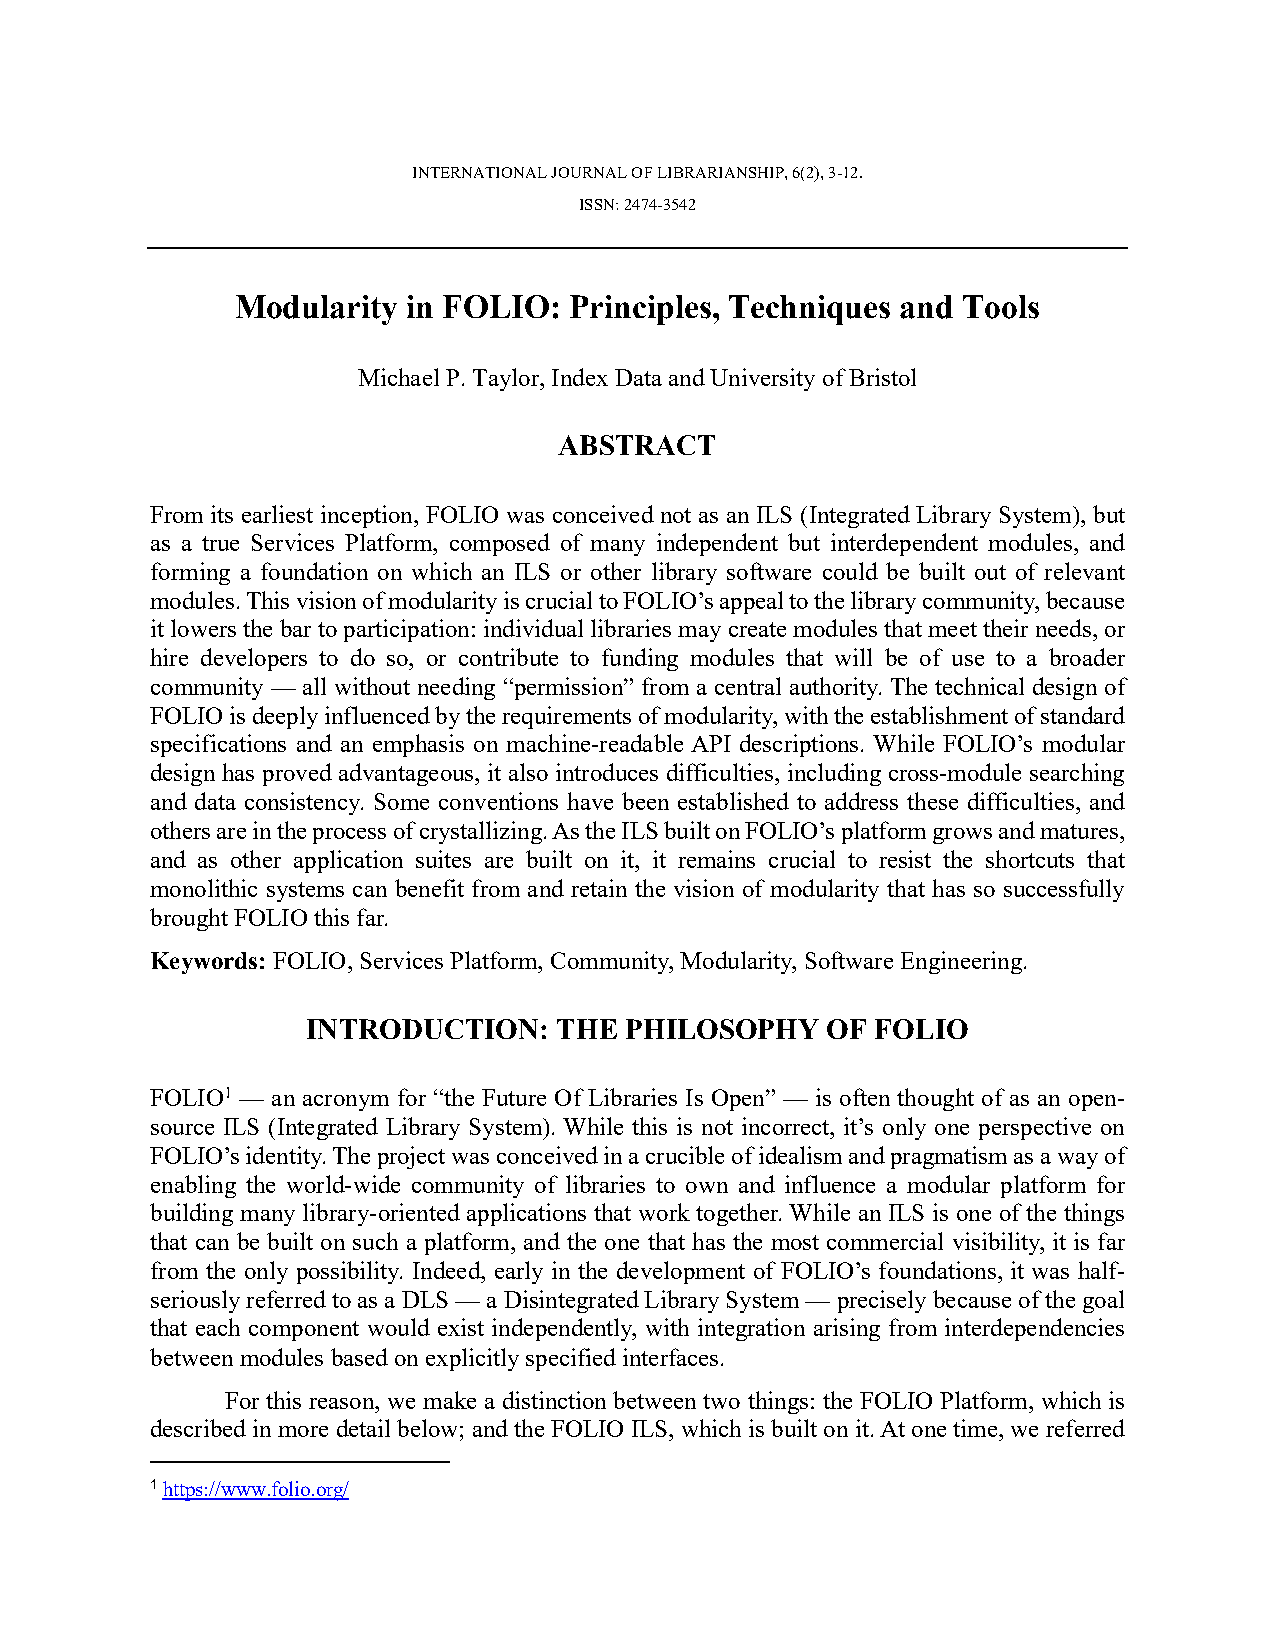
INTERNATIONAL JOURNAL OF LIBRARIANSHIP, 6(2), 3-12.
 ISSN: 2474-3542
 Modularity in FOLIO:  Principles, Techniques and Tools
 Michael P. Taylor, Index Data and University of Bristol
 ABSTRACT
 From its earliest inception, FOLIO was conceived not as an ILS (Integrated Library System), but
 as a true Services Platform, composed of many independent but interdependent modules, and
 forming a foundation on which an ILS or other library software could be built out of relevant
 modules. This vision of modularity is crucial to FOLIO’s appeal to the library community, because
 it lowers the bar to participation: individual libraries may create modules that meet their needs, or
 hire developers to do so, or contribute to funding modules that will be of use to a broader
 community — all without needing “permission” from a central authority. The technical design of
 FOLIO is deeply influenced by the requirements of modularity, with the establishment of standard
 specifications and an emphasis on machine-readable API descriptions. While FOLIO’s modular
 design has proved advantageous, it also introduces difficulties, including cross-module searching
 and data consistency. Some conventions have been established to address these difficulties, and
 others are in the process of crystallizing. As the ILS built on FOLIO’s platform grows and matures,
 and as other application suites are built on it, it remains crucial to resist the shortcuts that
 monolithic systems can benefit from and retain the vision of modularity that has so successfully
 brought FOLIO this far.
 Keywords: FOLIO, Services Platform, Community, Modularity, Software Engineering.
 INTRODUCTION:    THE PHILOSOPHY    OF FOLIO
 FOLIO1 — an acronym for “the Future Of Libraries Is Open” — is often thought of as an open-
 source ILS (Integrated Library System). While this is not incorrect, it’s only one perspective on
 FOLIO’s identity. The project was conceived in a crucible of idealism and pragmatism as a way of
 enabling the world-wide community of libraries to own and influence a modular platform for
 building many library-oriented applications that work together. While an ILS is one of the things
 that can be built on such a platform, and the one that has the most commercial visibility, it is far
 from the only possibility. Indeed, early in the development of FOLIO’s foundations, it was half-
 seriously referred to as a DLS — a Disintegrated Library System — precisely because of the goal
 that each component would exist independently, with integration arising from interdependencies
 between modules based on explicitly specified interfaces.
 For this reason, we make a distinction between two things: the FOLIO Platform, which is
 described in more detail below; and the FOLIO ILS, which is built on it. At one time, we referred
 1 https://www.folio.org/